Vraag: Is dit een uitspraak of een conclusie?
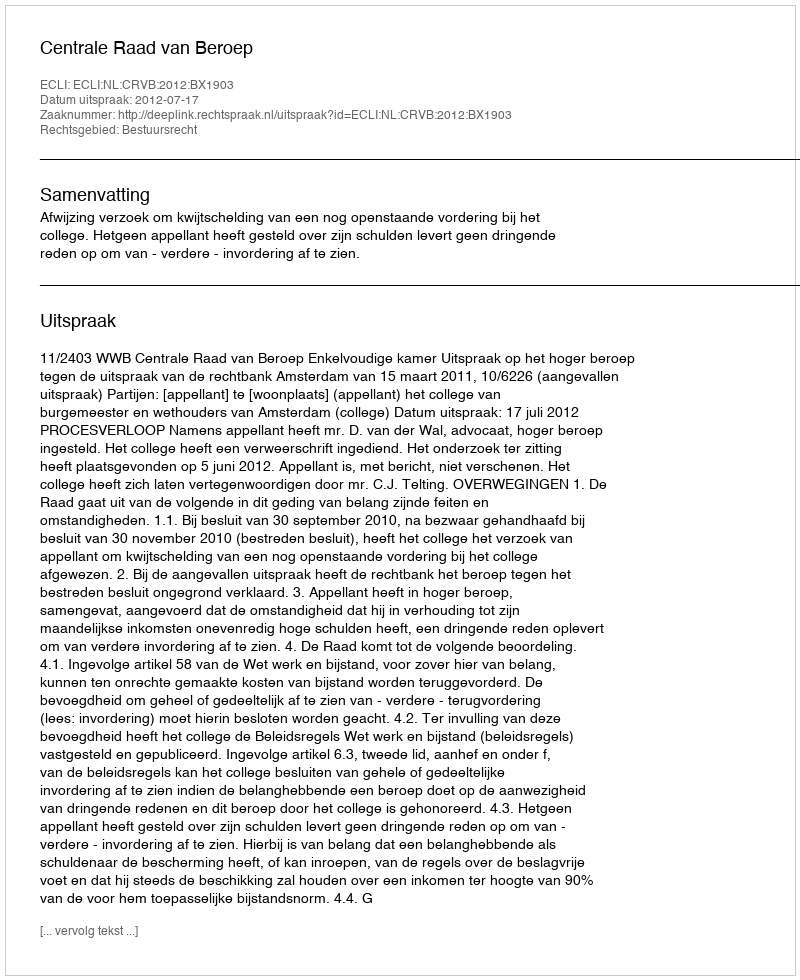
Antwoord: Uitspraak